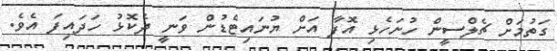
ގަތުމަށް ޗެލްސީން ހުށަހެޅި އޮފާ އަށް ޔުނައިޓެޑުން ވަނީ ދެކޮޅު ހަދައިފަ އެވެ.